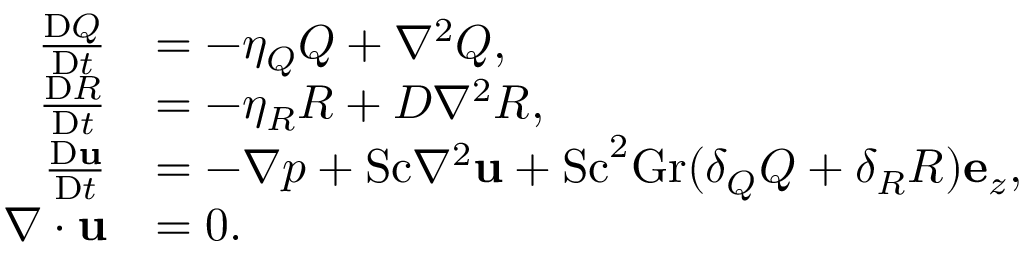
\begin{array} { r l } { \frac { \mathrm { D } Q } { \mathrm { D } t } } & { = - \eta _ { Q } Q + \nabla ^ { 2 } Q , } \\ { \frac { \mathrm { D } R } { \mathrm { D } t } } & { = - \eta _ { R } R + D \nabla ^ { 2 } R , } \\ { \frac { \mathrm { D } \mathbf { u } } { \mathrm { D } t } } & { = - \nabla p + \mathrm { S c } \nabla ^ { 2 } \mathbf { u } + \mathrm { S c } ^ { 2 } \mathrm { G r } ( \delta _ { Q } Q + \delta _ { R } R ) \mathbf { e } _ { z } , } \\ { \nabla \cdot \mathbf { u } } & { = 0 . } \end{array}